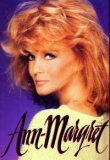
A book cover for Ann-Margret: My Story; Ann-Margret; Biographies & Memoirs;